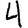
Digit: 4